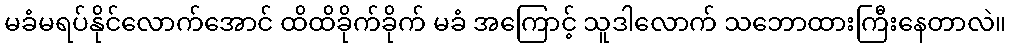
မခံမရပ်နိုင်လောက်အောင် ထိထိခိုက်ခိုက် မခံ အကြောင့် သူဒါလောက် သဘောထားကြီးနေတာလဲ။